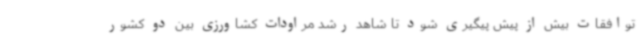
توافقات بیش از پیش پیگیری شود تا شاهد رشد مراودات کشاورزی بین دو کشور